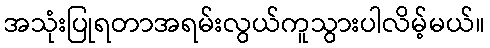
အသုံးပြုရတာအရမ်းလွယ်ကူသွားပါလိမ့်မယ်။